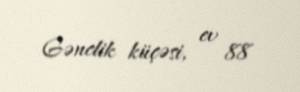
Gənclik küçəsi, ev 88